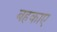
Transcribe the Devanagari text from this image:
बहकाए